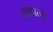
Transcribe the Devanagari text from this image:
सापत्न